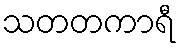
သတတကာရီ